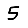
Digit: 5